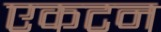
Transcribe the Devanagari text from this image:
एकटन